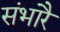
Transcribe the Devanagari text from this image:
संभारै